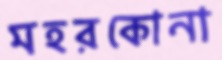
মহরকোনা